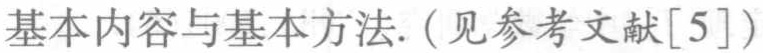
基本内容与基本方法. (见参考文献[5])